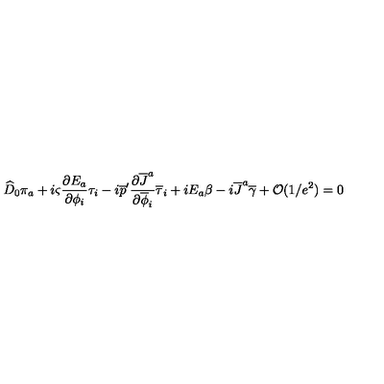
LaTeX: \widehat { D } _ { 0 } \pi _ { a } + i \varsigma { \frac { \partial E _ { a } } { \partial \phi _ { i } } } \tau _ { i } - i \overline { { p } } ^ { \prime } { \frac { \partial \overline { { J } } ^ { a } } { \partial \overline { { \phi } } _ { i } } } \overline { { \tau } } _ { i } + i E _ { a } \beta - i \overline { { J } } ^ { a } \overline { { \gamma } } + { \cal O } ( 1 / e ^ { 2 } ) = 0